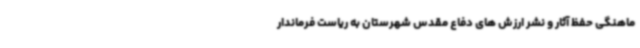
ماهنگی حفظ آثار و نشر ارزش های دفاع مقدس شهرستان به ریاست فرماندار